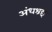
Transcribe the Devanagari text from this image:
अंधश्रद्दा